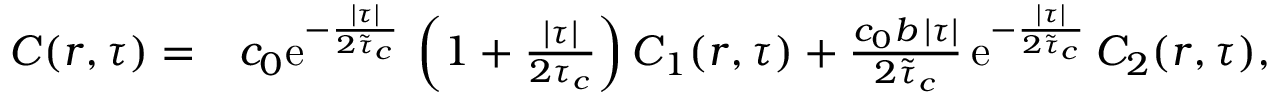
\begin{array} { r l } { C ( r , \tau ) = } & { c _ { 0 } \mathrm { e } ^ { - \frac { \lvert \tau \rvert } { 2 \tilde { \tau } _ { c } } } \, \left( 1 + \frac { \lvert \tau \rvert } { 2 \tau _ { c } } \right) C _ { 1 } ( r , \tau ) + \frac { c _ { 0 } b \, \lvert \tau \rvert } { 2 \tilde { \tau } _ { c } } \, \mathrm { e } ^ { - \frac { \lvert \tau \rvert } { 2 \tilde { \tau } _ { c } } } \, C _ { 2 } ( r , \tau ) , } \end{array}